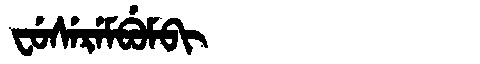
Manchu: ᠸᡠᠰᡝᡵᡝᠮᠪᡠᠮᠪᡳ
Romanization: FUSEREMBUMBI